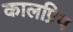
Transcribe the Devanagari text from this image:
कालप्रिय